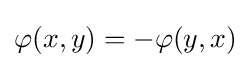
\varphi (x,y)=-\varphi (y,x)